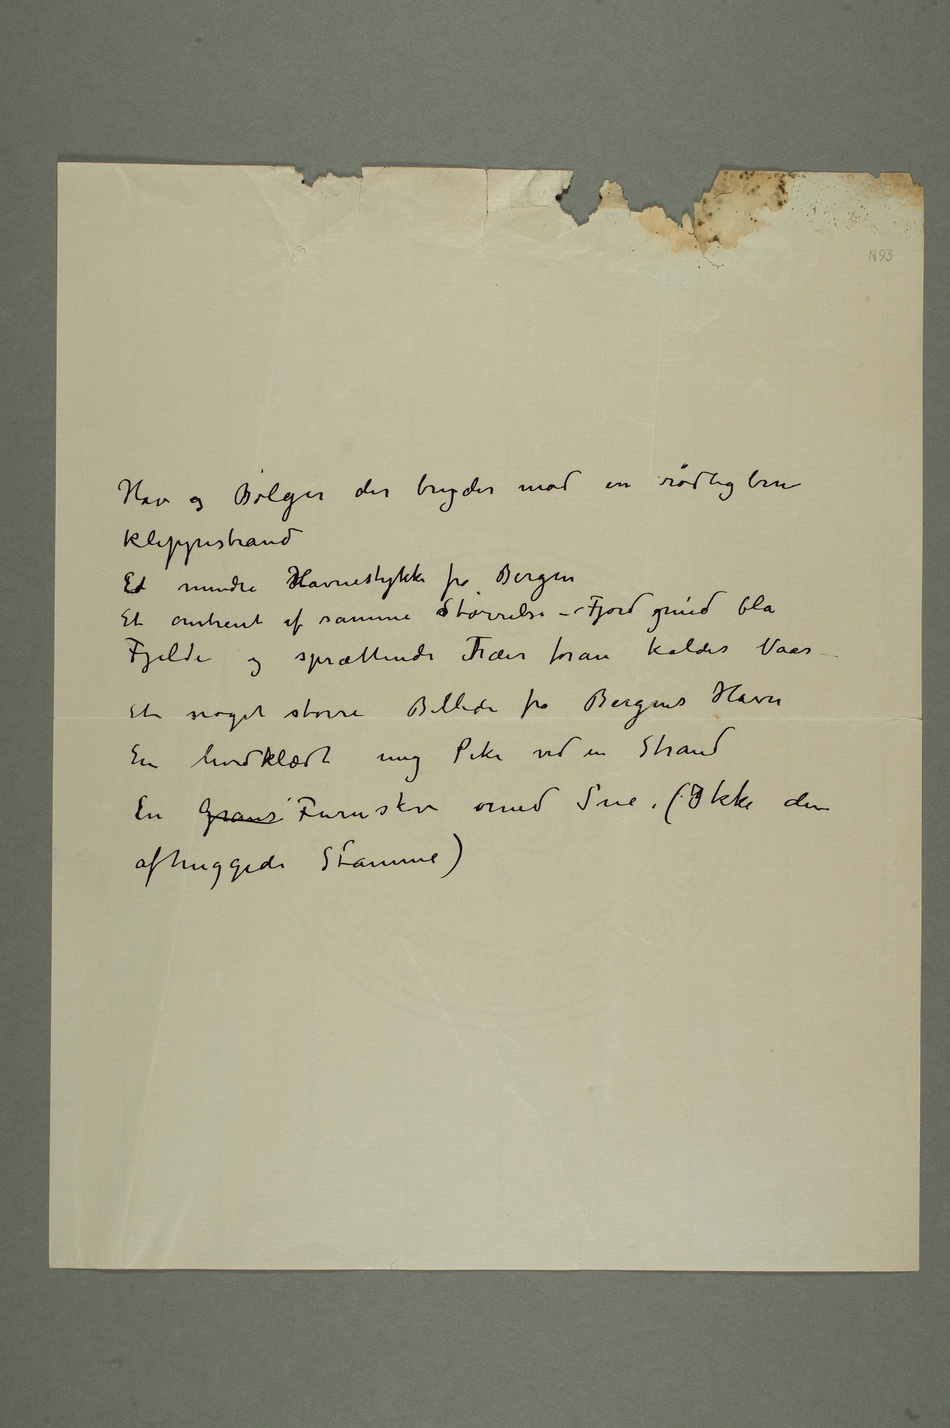
Hav og Bølger der bryder mod en rødlig brun
klippestrand
Et mindre Havnestykke fra Bergen
Et omtrent af samme sStørrelse – Fjord grønd blå
Fjelde og sprættende Trær foran kaldes Vaar –
Et noget større Billede fra Bergens Havn
En hvidklædt ung Pike ved en Strand
En Grans Furuskov med Sne. (Ikke den
afhuggede Stamme)